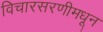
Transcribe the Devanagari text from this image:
विचारसरणीमधून